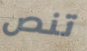
تنص